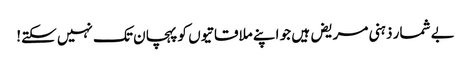
بے شمار ذہنی مریض ہیں جو اپنے ملاقاتیوں کو پہچان تک نہیں سکتے!